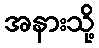
အနားသို့